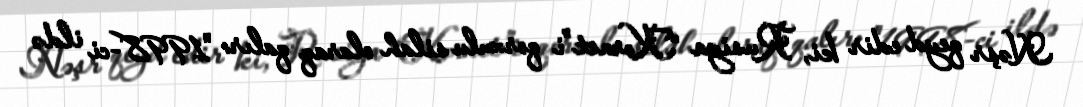
Nəşr qeyd edir ki, Rusiya “Kornet”i qorxulu silah olaraq qalır: "1998-ci ildə